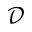
\mathcal D